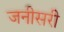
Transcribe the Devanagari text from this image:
जनीसरी